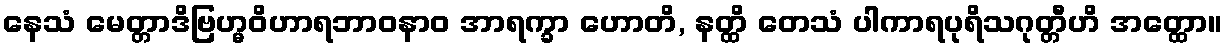
နေသံ မေတ္တာဒိဗြဟ္မဝိဟာရဘာဝနာဝ အာရက္ခာ ဟောတိ, နတ္ထိ တေသံ ပါကာရပုရိသဂုတ္တီဟိ အတ္ထော။